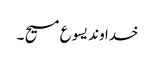
خدا وند یسو ع مسیح ۔